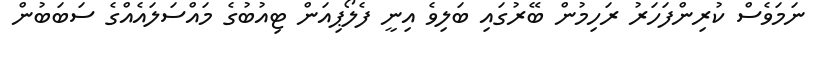
ނަމަވެސް ކުރިންފަހަރު ރަހިމުން ބޭރުގައި ބަލިވެ އިނީ ފެލޯޕިއަން ޓިއުބުގެ މައްސަލައެއްގެ ސަބަބުން